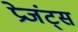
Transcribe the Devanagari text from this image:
प्रेजंट्स